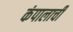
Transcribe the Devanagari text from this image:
कंपालाची